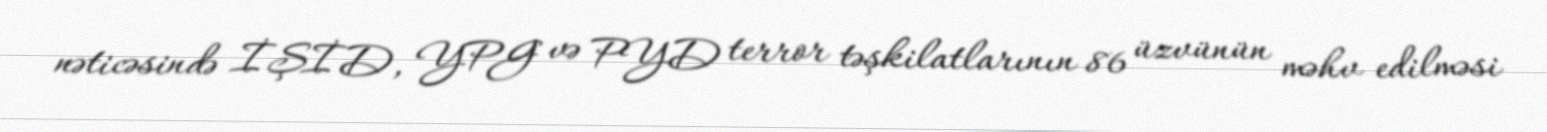
nəticəsində İŞİD, YPG və PYD terror təşkilatlarının 86 üzvünün məhv edilməsi